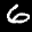
Label: 6